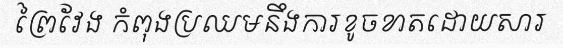
ព្រៃវែង កំពុងប្រឈមនឹងការខូចខាតដោយសារ